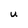
Character: u